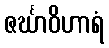
ဇင်္ဃာဝိဟာရံ